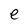
Character: e